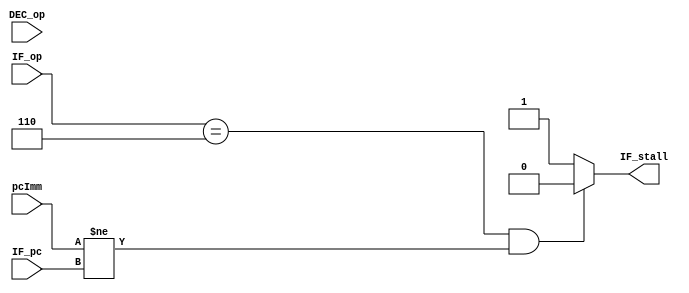
`define JAL 4'b0110

module hazardHandler(IF_op, pcImm, DEC_op, IF_pc, IF_stall);
	parameter DBITS = 32;
	
	input[DBITS-1:0] pcImm, IF_pc;
	input[3:0] IF_op, DEC_op;
	output IF_stall;
	reg IF_stall_reg;
	assign IF_stall = IF_stall_reg;
	
	initial begin
		IF_stall_reg <= 1;
	end
	always @ (*) begin
		if (IF_op == `JAL && pcImm != IF_pc) begin
			IF_stall_reg <= 0;
		end
		else begin
			IF_stall_reg <= 1;
		end
	end

endmodule